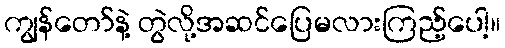
ကျွန်တော်နဲ့ တွဲလို့အဆင်ပြေမလားကြည့်ပေါ့။